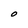
Character: O